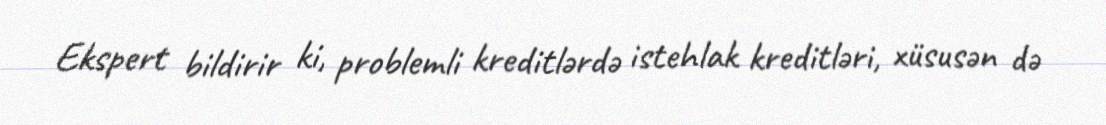
Ekspert bildirir ki, problemli kreditlərdə istehlak kreditləri, xüsusən də